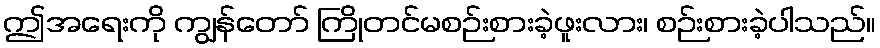
ဤအရေးကို ကျွန်တော် ကြိုတင်မစဉ်းစားခဲ့ဖူးလား၊ စဉ်းစားခဲ့ပါသည်။